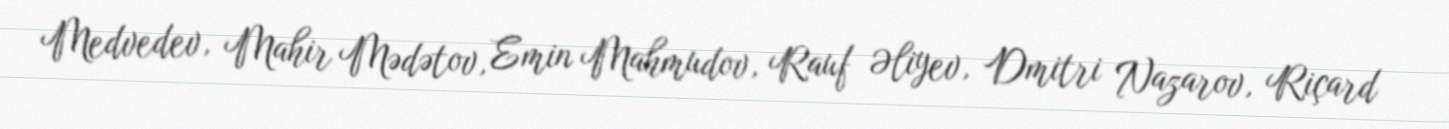
Medvedev, Mahir Mədətov, Emin Mahmudov, Rauf Əliyev, Dmitri Nazarov, Riçard